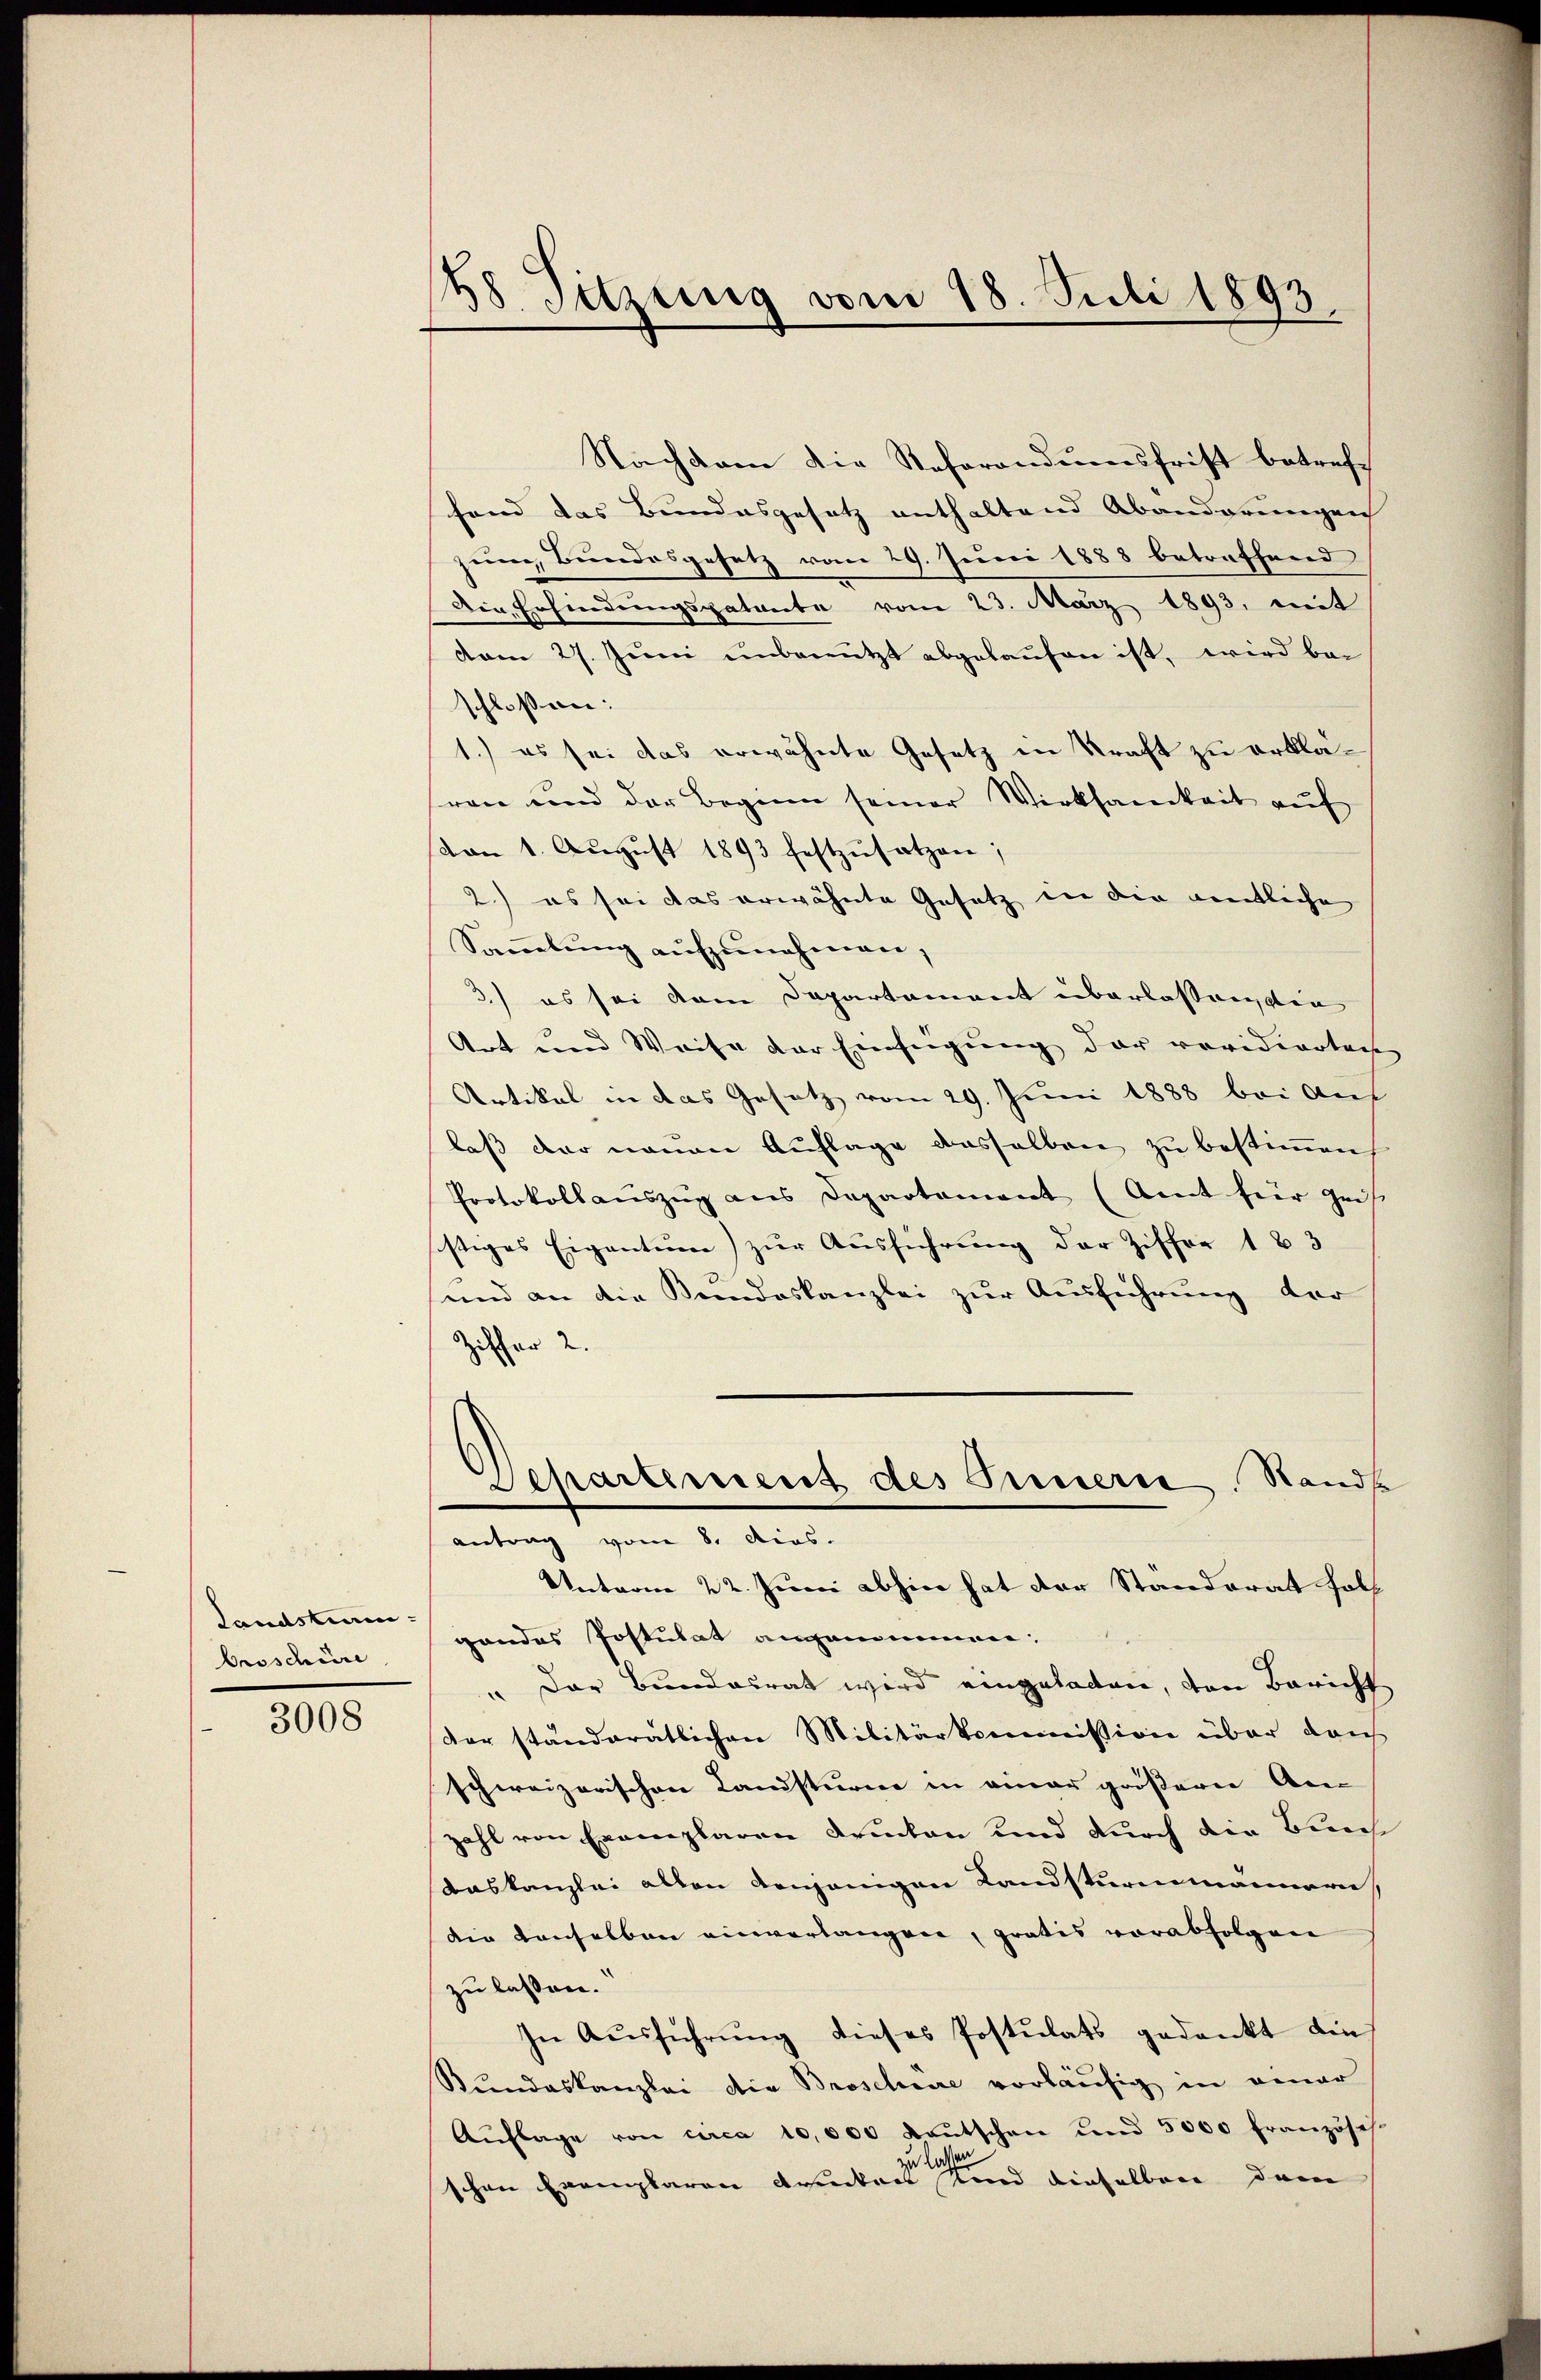
Landsturm-
broschüre

3008

188. Sitzung vom 18. Juli 1893.

Nachdem die Referandumsfrist betreffand das Bundesgesetz enthaltend Abänderungen
zum Bundesgesetz vom 29. Juni 1888 betreffend
Die Erfindungspatente vom 23. März 1893, mit
vom 27. Juni unbenutzt abgelaufen ist, wird bei
schloßen:
1.) es sei das erwähnte Gesetz in Kraft zu erkläsren und der Beginn seiner Wirksamkeit auf
von 1. Aŭgŭst 1893 festzŭsatzen;
2) es sei das erwähnte Gesetz in die mentliche
Sammlung aufzunehmen,
3.) es sei dem Departement überlassanten
Art und Weise der Einfügung der revidierten
Artikal in das Gesetz vom 29. Juni 1888 bei Auf
laß der neuen Auflage dasselben zu bestimmen
Protokollauszug aus Departement (Amt für Zeit.
stiges Eigentum) zur Ausführung der Ziffer 183
und an die Keindeskanzlei zur Ausführung der
Ziffer 2.
Departement des Innern Rands
antrag vom 8. dies.
Unterm 22. Juni abhin hat der Standerat holf
gandes Postulat angenommen.
" Der Bundesrat wird eingeladen, den Bericht
der ständerätlichen Militärkommission über dan
schweizerischen Landsturne in einer größerer An
zahl von Exemplaren Drucken und durch die Burch
daskanzlei alten denjenigen Landsturmmannern
die anselbau einverlangen, pratis vorabfolgen
zu lassen.
In Ausführung dieses Postulats gedankt die
Stundeskanzlei die Broscheere vorläŭfig in einer
Aŭflage von circa 10,000 Kaŭtschen und 5000 Französis
zu lassen.
schon Exemplaren Arenken Kind dieselben dem